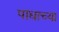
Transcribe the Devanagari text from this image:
पाद्याच्या